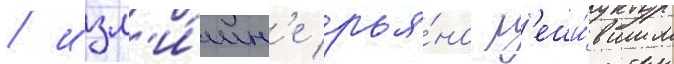
/ изл'и́шн'е рья́но р'еши́вшим